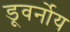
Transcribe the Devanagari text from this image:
डूवर्नोय